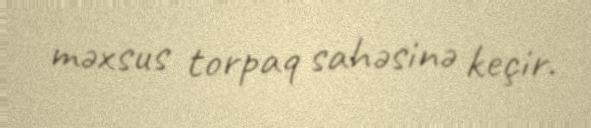
məxsus torpaq sahəsinə keçir.